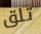
تلق